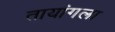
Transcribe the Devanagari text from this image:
तायांगला